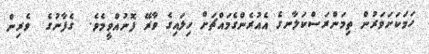
ހަމަކަށަވަރުން ތިމަންރަސްކަލާނގެ އެއުރެންގެމައްޗަށް ހިލައިގެ ވާރޭ ފޮނުއްވީމެވެ.  ގެފާނުގެ  ވެރިން